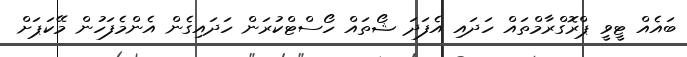
ބައެއް ޓީވީ ޕްރޮގްރާމްތައް ހަދައި އެފަދަ ޝޯތައް ހޯސްޓްކުރަން ހަދައިގެން އެންމެފަހުން މޭކަޕަށް